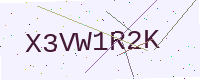
Text: X3VW1R2K